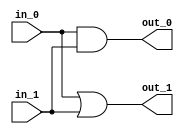
module M6 (in_0,in_1,out_0,out_1);
   input [6:0] in_0;
   input [6:0] in_1;
   output [6:0] out_0;
   output [6:0] out_1;

   assign out_0 = in_0 & in_1;
   assign out_1 = in_0 | in_1;
endmodule



module M5 (in_0,in_1,in_2,in_3,in_4,in_5,out_0,out_1,out_2,out_3,out_4);
   input [6:0] in_0;
   input [6:0] in_1;
   input [6:0] in_2;
   input [6:0] in_3;
   input [6:0] in_4;
   input [6:0] in_5;
   output [6:0] out_0;
   output [6:0] out_1;
   output [6:0] out_2;
   output [6:0] out_3;
   output [6:0] out_4;

	wire [6:0] w_0;
	wire [6:0] w_1;
	wire [6:0] w_2;
	wire [6:0] w_3;
	wire [6:0] w_4;
	wire [6:0] w_5;
   wire [6:0] w_6;
   wire [6:0] w_7;
   wire [6:0] w_8;
   wire [6:0] w_9;
   wire [6:0] w_10;
   wire [6:0] w_11;
   wire [6:0] w_12;
   wire [6:0] w_13;
   wire [6:0] w_14;
   wire [6:0] w_15;
   wire [6:0] w_16;
   wire [6:0] w_17;
   wire [6:0] w_18;
   wire [6:0] w_19;
   wire [6:0] w_20;
   wire [6:0] w_21;
   

   assign w_0 = w_10 + w_11;
   assign w_1 = w_12 + w_13;
   assign w_2 = w_14 + w_18; 
   assign w_3 = w_15 + w_19;
   assign w_4 = w_16 + w_20;
   assign w_5 = w_17 + w_21;
   assign w_6 = w_10 + w_11;
   assign w_7 = w_14 + w_18;
   assign w_8 = w_16 + w_20;
   assign w_9 = w_15 + w_19;

	assign out_0 = w_0 + w_1;
	assign out_1 = w_2 & w_3;
	assign out_2 = w_4 | w_5;
	assign out_3 = w_6 + w_7;
	assign out_4 = w_8 & w_9;

   M6 m0(in_0, in_5,w_12, w_13);
   M6 m1(in_1, in_4,w_16, w_17);
   M6 m2(in_2, in_3,w_10, w_11);
   M6 m3(in_3, in_2,w_14, w_15);
   M6 m4(in_4, in_1,w_18, w_19);
   M6 m5(in_5, in_0,w_20, w_21);

endmodule


module M4 (in_0,in_1,in_2,in_3,in_4,in_5,out_0,out_1,out_2,out_3,out_4);
   input [6:0] in_0;
   input [6:0] in_1;
   input [6:0] in_2;
   input [6:0] in_3;
   input [6:0] in_4;
   input [6:0] in_5;
   output [6:0] out_0;
   output [6:0] out_1;
   output [6:0] out_2;
   output [6:0] out_3;
   output [6:0] out_4;

	wire [6:0] w_0;
	wire [6:0] w_1;
	wire [6:0] w_2;
	wire [6:0] w_3;
	wire [6:0] w_4;

	assign out_0 = w_0 + w_1;
	assign out_1 = w_1 & w_2;
	assign out_2 = w_2 | w_3;
	assign out_3 = w_3 + w_4;
	assign out_4 = w_4;

   M5 m0(in_0,in_1,in_2,in_3,in_4,in_5,w_0,w_1,w_2,w_3,w_4);
   

endmodule


module M3 (in_0,in_1,in_2,in_3,in_4,in_5,out_0,out_1,out_2,out_3,out_4);
   input [6:0] in_0;
   input [6:0] in_1;
   input [6:0] in_2;
   input [6:0] in_3;
   input [6:0] in_4;
   input [6:0] in_5;
   output [6:0] out_0;
   output [6:0] out_1;
   output [6:0] out_2;
   output [6:0] out_3;
   output [6:0] out_4;

	wire [6:0] w_0;
	wire [6:0] w_1;
	wire [6:0] w_2;
	wire [6:0] w_3;
	wire [6:0] w_4;
	

	assign out_0 = w_0 + w_1;
	assign out_1 = w_1 & w_2;
	assign out_2 = w_2 | w_3;
	assign out_3 = w_3 + w_4;
	assign out_4 = w_4 & w_2;

   M4 m0(in_0, in_1,in_2,in_3,in_4,in_5,w_0,w_1,w_2,w_3,w_4);
   

endmodule


module M2 (in_0,in_1,in_2,in_3,in_4,in_5,out_0,out_1,out_2,out_3,out_4);
   input [6:0] in_0;
   input [6:0] in_1;
   input [6:0] in_2;
   input [6:0] in_3;
   input [6:0] in_4;
   input [6:0] in_5;
   output [6:0] out_0;
   output [6:0] out_1;
   output [6:0] out_2;
   output [6:0] out_3;
   output [6:0] out_4;

	wire [6:0] w_0;
	wire [6:0] w_1;
	wire [6:0] w_2;
	wire [6:0] w_3;
	wire [6:0] w_4;
	

	assign out_0 = w_0 + w_1;
	assign out_1 = w_1 & w_2;
	assign out_2 = w_2 | w_3;
	assign out_3 = w_3 + w_4;
	assign out_4 = w_4 & w_2;

   M3 m0(in_0,in_1,in_2,in_3,in_4,in_5,w_0,w_1,w_2,w_3,w_4);
   

endmodule


module M1 (in_0,in_1,in_2,in_3,in_4,in_5,out_0,out_1,out_2,out_3,out_4);
   input [6:0] in_0;
   input [6:0] in_1;
   input [6:0] in_2;
   input [6:0] in_3;
   input [6:0] in_4;
   input [6:0] in_5;
   output [6:0] out_0;
   output [6:0] out_1;
   output [6:0] out_2;
   output [6:0] out_3;
   output [6:0] out_4;

	wire [6:0] w_0;
	wire [6:0] w_1;
	wire [6:0] w_2;
	wire [6:0] w_3;
	wire [6:0] w_4;
	
	wire [6:0] w_6;
	wire [6:0] w_7;
	wire [6:0] w_8;
	wire [6:0] w_9;
	wire [6:0] w_10;
	
	wire [6:0] w_12;
	wire [6:0] w_13;
	wire [6:0] w_14;
	wire [6:0] w_15;
	wire [6:0] w_16;
	wire [6:0] w_17;
	wire [6:0] w_18;
	wire [6:0] w_19;
   wire [6:0] w_20;
   wire [6:0] w_21;


	assign w_12 = w_0 + w_1;
	assign w_13 = w_2 & w_3;
	assign w_14 = w_4;
	assign w_15 = w_6 + w_7;
	assign w_16 = w_8 & w_9;
   assign w_17 = w_10 + w_1;

   
	assign out_0 = w_12;
	assign out_1 = w_13;
	assign out_2 = w_14;
	assign out_3 = w_15;
	assign out_4 = w_16;
   M2 m0(in_0,in_1,in_2,in_3,in_4,in_5,w_0,w_1,w_2,w_3,w_4);
   M2 m1(in_0,in_1,in_2,in_3,in_4,in_5,w_6,w_7,w_8,w_9,w_10);
   
   
endmodule

module mux2to1(in_0,in_1,in_2,in_3,in_4,in_5,data_out);
input [6:0] in_0;
input [6:0] in_1;
input [6:0] in_2;
input [6:0] in_3;
input [6:0] in_4;
input [6:0] in_5;
output [6:0] data_out;
reg [6:0] data_out;
always @(in_0,in_1,in_2,in_3,in_4,in_5)
	begin
		if(in_5== 0)
			data_out =in_0+in_1+in_2+in_3+in_4+in_5;
		else
			data_out = in_4 & in_5;

	end
endmodule


module M0 (in_0,in_1,in_2,in_3,in_4,in_5,out_0,out_1,out_2,out_3,out_4, out_5);
   input [6:0] in_0;
   input [6:0] in_1;
   input [6:0] in_2;
   input [6:0] in_3;
   input [6:0] in_4;
   input [6:0] in_5;
   output [6:0] out_0;
   output [6:0] out_1;
   output [6:0] out_2;
   output [6:0] out_3;
   output [6:0] out_4;
   output [6:0] out_5;

	wire [6:0] w_0;
	wire [6:0] w_1;
	wire [6:0] w_2;
	wire [6:0] w_3;
	wire [6:0] w_4;
	wire [6:0] w_5;
	wire [6:0] w_6;
	wire [6:0] w_7;
	wire [6:0] w_8;
	wire [6:0] w_9;
	wire [6:0] w_10;
	wire [6:0] w_11;
	wire [6:0] w_12;
	wire [6:0] w_13;
	wire [6:0] w_14;
	wire [6:0] w_15;
   wire [6:0] w_16;
	wire [6:0] w_17;
	wire [6:0] w_18;
	wire [6:0] w_19;
	wire [6:0] w_20;

	assign out_0 =  w_16;
	assign out_1 =  w_17;
	assign out_2 =  w_18;
	assign out_3 =  w_19;
   assign out_5 =  w_20;

	assign w_0 = w_11 | w_6;
	assign w_1 = w_12 + w_7;
	assign w_2 = w_13 & w_8;
	assign w_3 = w_14 | w_9;
	assign w_4 = w_15 + w_10;
	assign w_5 = w_15 + w_10;
	assign w_16 = w_11 | w_6;
	assign w_17 = w_12 + w_7;
	assign w_18 = w_13 & w_8;
	assign w_19 = w_14 | w_9;
	assign w_20 = w_15 + w_10;

   M1 m0(in_0,in_1,in_2,in_3,in_4,in_5,w_6,w_7,w_8,w_9,w_10);
   M1 m1(in_0,in_1,in_2,in_3,in_4,in_5,w_11,w_12,w_13,w_14,w_15);
   mux2to1  m2(w_0,w_1,w_2,w_3,w_4,w_5,out_4);


endmodule